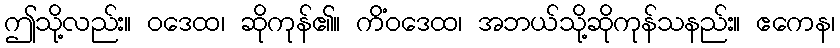
ဤသို့လည်း။ ဝဒေထ၊ ဆိုကုန်၏။ ကိံဝဒေထ၊ အဘယ်သို့ဆိုကုန်သနည်း။ ဧကေန၊